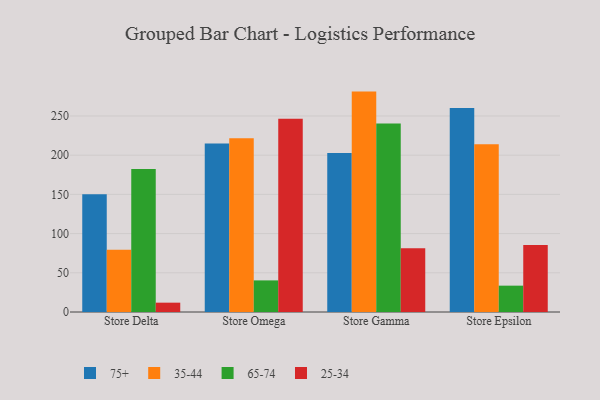
{"axis": {"x": "Store", "y": "LTV (USD)"}, "legend": ["25-34", "35-44", "65-74", "75+"], "data": [{"x": "Store Delta", "y": 150.2, "type": "75+"}, {"x": "Store Delta", "y": 79.5, "type": "35-44"}, {"x": "Store Delta", "y": 182.3, "type": "65-74"}, {"x": "Store Delta", "y": 11.9, "type": "25-34"}, {"x": "Store Omega", "y": 215.0, "type": "75+"}, {"x": "Store Omega", "y": 221.6, "type": "35-44"}, {"x": "Store Omega", "y": 40.3, "type": "65-74"}, {"x": "Store Omega", "y": 246.5, "type": "25-34"}, {"x": "Store Gamma", "y": 202.9, "type": "75+"}, {"x": "Store Gamma", "y": 281.1, "type": "35-44"}, {"x": "Store Gamma", "y": 240.5, "type": "65-74"}, {"x": "Store Gamma", "y": 81.2, "type": "25-34"}, {"x": "Store Epsilon", "y": 260.1, "type": "75+"}, {"x": "Store Epsilon", "y": 213.8, "type": "35-44"}, {"x": "Store Epsilon", "y": 33.6, "type": "65-74"}, {"x": "Store Epsilon", "y": 85.5, "type": "25-34"}]}